Cholera in southern India
Disease focus: Cholera
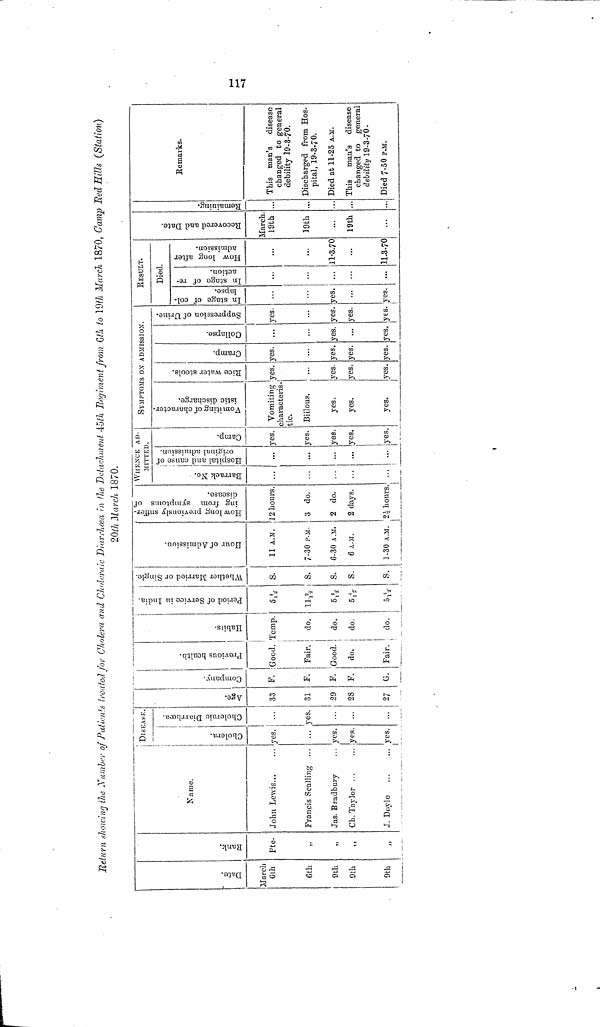
Return showing the Number of Patients treated for Cholera and Choleraic Diarrhoea in the Detachment 45th Regiment from 6th to 19th March 1870, Gamp Red Hills (Station)
20th March 1870.
Date.
March
6th
6th
9th
9th
9th
Rank.
Pte.
,,
»
Name.
John Lewis...
Francis Scalling
Jas. Bradbury
Ch. Taylor
J. Doyle
DISEASE.
Cholera.
yes.
yes,
yes.
yes.
yes.
Age.
33
31
29
28
27
Company
F.
F.
F.
F.
G.
Previous health
Good.
Fair.
Good.
do.
Fair.
Habits
Temp.
do.
do.
do.
do.
Period of Service India
112
Whether Married or Single.
s.
s.
s.
s.
s.
Hour of Admission.
11 A.M.
7-30 P.M.
6-30 A.M.
6 A.M.
1-30 A.M.
How long previously suffer-
ing from symptoms of
disease.
12 hours.
3 do.
2 do.
2 days.
2 hours.
WHENCE AD-
MITTED.
Barrack No.
Hospital and cause of original admission.
...
...
Camp.
yes.
yes.
yes.
yes.
yes.
SYMPTOMS ON
Vomiting of characteristic discharge.
Vomiting
characteris-
tic.
Biilons.
yes.
yes.
yes.
Rice water stools
yes.
yes.
yes.
yes.
ADMISSION
Cramp.
yes.
yes.
yes.
yes.
Collapses
—
•
yes.
yes.
Suppression of Urine.
yes.
yes.
yes.
yes.
i
Instage of collapse
yes.
yes.
RESULT.
In stage of re- action
...
How long after admission.
11-3.70
11.3.70
Recovered and Date
March.
19th
19th
...
19th
Remaining
Remarks.
This man's disease
changed to general
debility 19-3-70.
Discharged from Hos-
pital, 19-3.70.
Died at 11-25 A.M.
This man's disease
changed to general
debility 19-3-70.
Died 7-50 P.M.
117